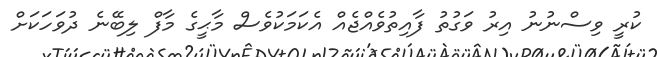
ކުރީ ވިސްނުނު އިރު ވަގުތު ފާއިތުވެއްޖެއް އެކަމަކުވެސް މާޙީގެ މާފް ލިބޭނެ ދުވަހަކަށް